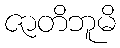
ဇာတိဘူမိ